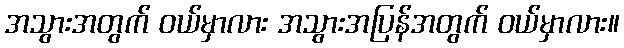
အသွားအတွက် ဝယ်မှာလား အသွားအပြန်အတွက် ဝယ်မှာလား။